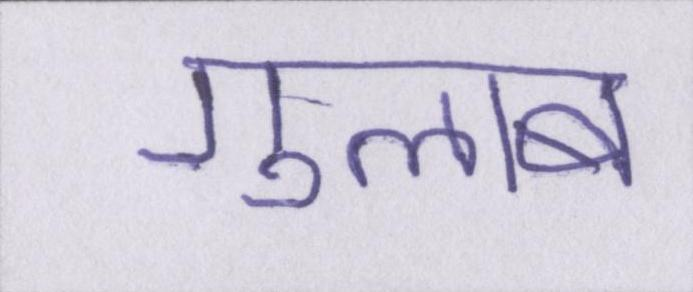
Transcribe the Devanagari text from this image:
गुलाब